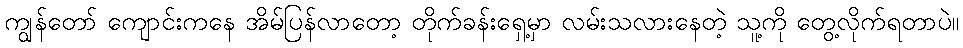
ကျွန်တော် ကျောင်းကနေ အိမ်ပြန်လာတော့ တိုက်ခန်းရှေ့မှာ လမ်းသလားနေတဲ့ သူ့ကို တွေ့လိုက်ရတာပဲ။